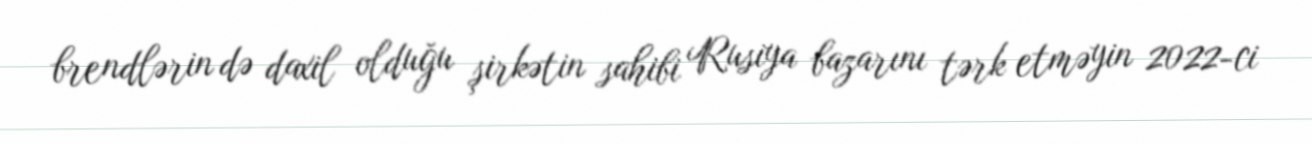
brendlərin də daxil olduğu şirkətin sahibi Rusiya bazarını tərk etməyin 2022-ci